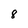
Character: 8